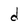
Character: d